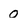
Character: o